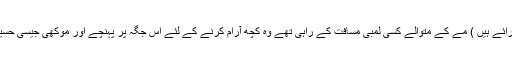
کہتے ہیں کہیں سے آٹھ دوست ( یہ کون تھے اس پر بھی متعدد رائے ہیں ) مے کے متوالے کسی لمبی مسافت کے راہی تھے وہ کچھ آرام کرنے کے لئے اس جگہ پر پہنچے اور موکھی جیسی حَسین و جمیل ساقی کے ہاتھوں سے بنے جام کو لبوں سے نوشِ کیا۔